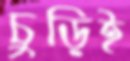
চুড়িই